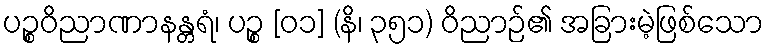
ပဉ္စဝိညာဏာနန္တရံ၊ ပဉ္စ [၀၁] (နိ၊ ၃၅၁) ဝိညာဉ်၏ အခြားမဲ့ဖြစ်သော